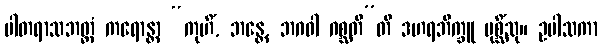
ပါတရာသဘတ္တံ ကရောန္တာ “ကုဟိံ, ဘန္တေ, ဘဂဝါ ဂစ္ဆတီ”တိ ဒဟရဘိက္ခူ ပုစ္ဆိံသု။ ဥပါသကာ